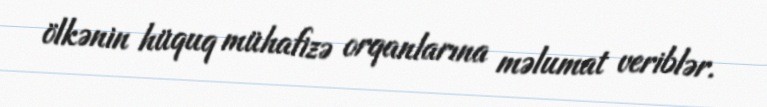
ölkənin hüquq mühafizə orqanlarına məlumat veriblər.